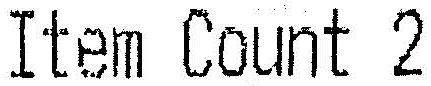
ITEM COUNT 2